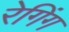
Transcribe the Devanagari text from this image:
रेगिंग